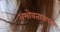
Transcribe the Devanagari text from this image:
अभोवतालच्या